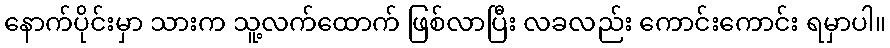
နောက်ပိုင်းမှာ သားက သူ့လက်ထောက် ဖြစ်လာပြီး လခလည်း ကောင်းကောင်း ရမှာပါ။